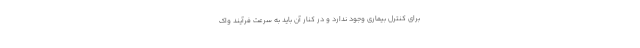
برای کنترل بیماری وجود ندارد و در کنار آن باید به سرعت فرآیند واک